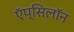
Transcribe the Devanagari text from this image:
ऍप्सिलॉन